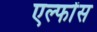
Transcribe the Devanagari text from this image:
एल्फोंस